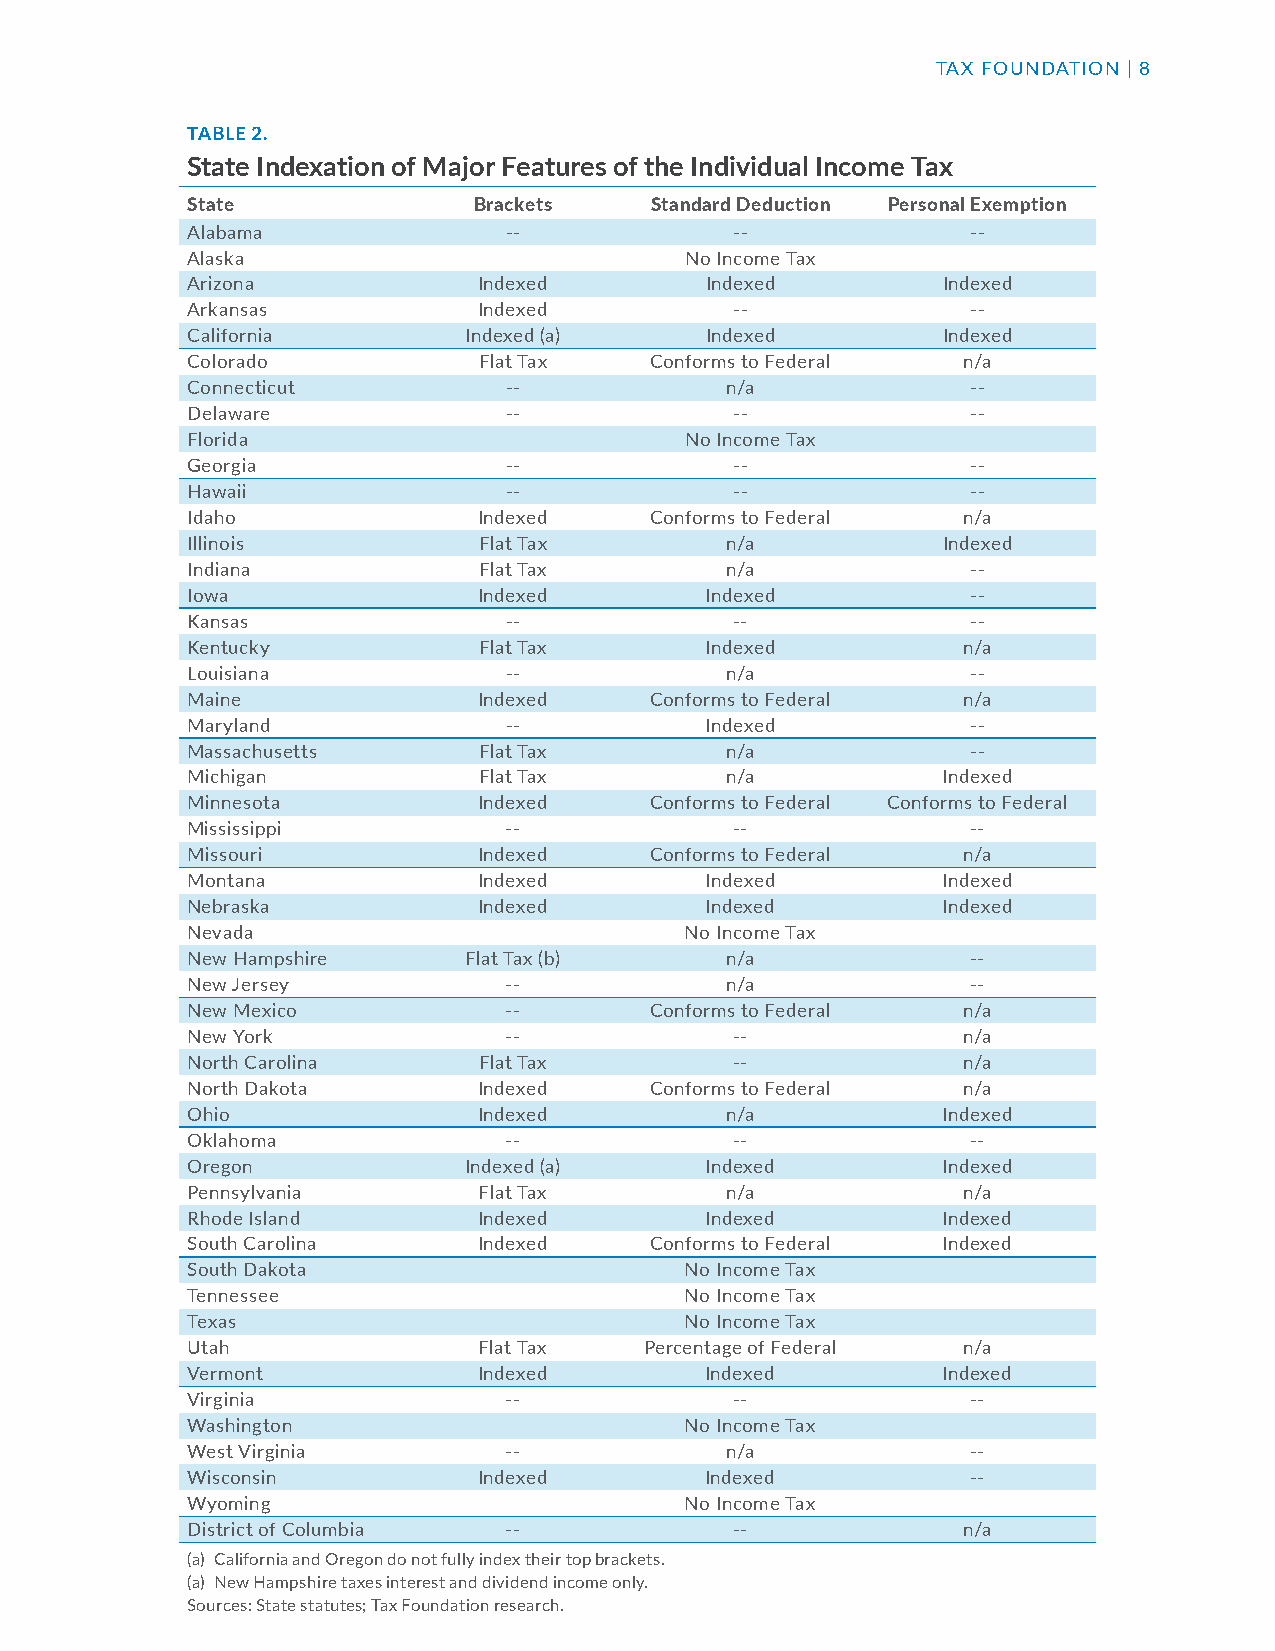
TAX FOUNDATION | 8
 TABLE 2.
 State Indexation of Major Features of the Individual Income Tax
 State              Brackets    Standard Deduction Personal Exemption
 Alabama              --              --             --
 Alaska                           No Income Tax
 Arizona             Indexed        Indexed        Indexed
 Arkansas            Indexed          --             --
 California         Indexed (a)     Indexed        Indexed
 Colorado            Flat Tax   Conforms to Federal  n/a
 Connecticut          --             n/a             --
 Delaware             --              --             --
 Florida                          No Income Tax
 Georgia              --              --             --
 Hawaii               --              --             --
 Idaho               Indexed    Conforms to Federal  n/a
 Illinois            Flat Tax        n/a           Indexed
 Indiana             Flat Tax        n/a             --
 Iowa                Indexed        Indexed          --
 Kansas               --              --             --
 Kentucky            Flat Tax       Indexed          n/a
 Louisiana            --             n/a             --
 Maine               Indexed    Conforms to Federal  n/a
 Maryland             --            Indexed          --
 Massachusetts       Flat Tax        n/a             --
 Michigan            Flat Tax        n/a           Indexed
 Minnesota           Indexed    Conforms to Federal Conforms to Federal
 Mississippi          --              --             --
 Missouri            Indexed    Conforms to Federal  n/a
 Montana             Indexed        Indexed        Indexed
 Nebraska            Indexed        Indexed        Indexed
 Nevada                           No Income Tax
 New Hampshire      Flat Tax (b)     n/a             --
 New Jersey           --             n/a             --
 New Mexico           --        Conforms to Federal  n/a
 New York             --              --             n/a
 North Carolina      Flat Tax         --             n/a
 North Dakota        Indexed    Conforms to Federal  n/a
 Ohio                Indexed         n/a           Indexed
 Oklahoma             --              --             --
 Oregon             Indexed (a)     Indexed        Indexed
 Pennsylvania        Flat Tax        n/a             n/a
 Rhode Island        Indexed        Indexed        Indexed
 South Carolina      Indexed    Conforms to Federal Indexed
 South Dakota                     No Income Tax
 Tennessee                        No Income Tax
 Texas                            No Income Tax
 Utah                Flat Tax   Percentage of Federal n/a
 Vermont             Indexed        Indexed        Indexed
 Virginia             --              --             --
 Washington                       No Income Tax
 West Virginia        --             n/a             --
 Wisconsin           Indexed        Indexed          --
 Wyoming                          No Income Tax
 District of Columbia --              --             n/a
 (a) California and Oregon do not fully index their top brackets.
 (a) New Hampshire taxes interest and dividend income only.
 Sources: State statutes; Tax Foundation research.